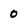
Character: 0